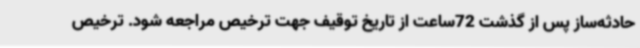
حادثه‌ساز پس از گذشت 72ساعت از تاریخ توقیف جهت ترخیص مراجعه شود. ترخیص